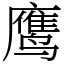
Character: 鹰